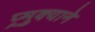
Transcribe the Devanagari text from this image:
प्र्मुक्याने